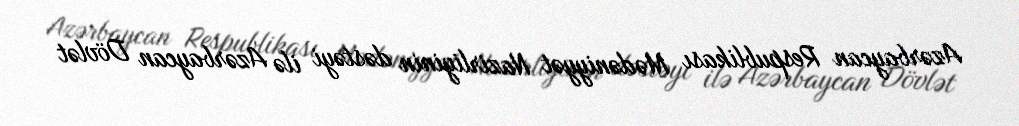
Azərbaycan Respublikası Mədəniyyət Nazirliyinin dəstəyi ilə Azərbaycan Dövlət